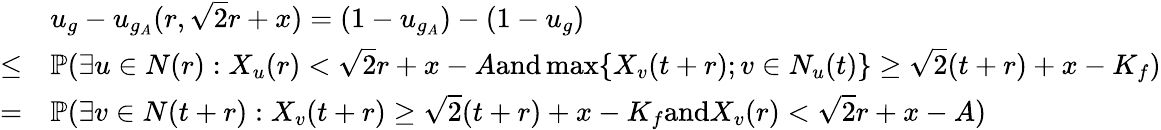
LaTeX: \begin{array}{rl}&{u_{g}-u_{g_{A}}(r,\sqrt{2}r+x)=(1-u_{g_{A}})-(1-u_{g})}\\ {\leq}&{\mathbb{P}(\exists u\in N(r):X_{u}(r)<\sqrt{2}r+x-A\textrm{and}\operatorname*{max}\{ X_{v}(t+r);v\in N_{u}(t)\} \geq\sqrt{2}(t+r)+x-K_{f})}\\ {=}&{\mathbb{P}(\exists v\in N(t+r):X_{v}(t+r)\ge\sqrt{2}(t+r)+x-K_{f}\textrm{and}X_{v}(r)<\sqrt{2}r+x-A)}\end{array}